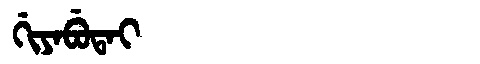
Manchu: ᡤᡳᠶᠠᠪᡠᡨᠠᡳ
Romanization: GIYABUTAI